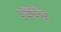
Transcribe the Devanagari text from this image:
एन्हांगा